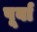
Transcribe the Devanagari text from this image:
पूर्बा